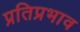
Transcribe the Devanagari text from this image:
प्रतिप्रभाव